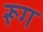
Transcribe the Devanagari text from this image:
रूग